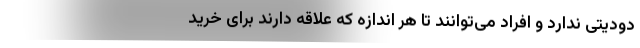
دودیتی ندارد و افراد می‌توانند تا هر اندازه که علاقه‌ دارند برای خرید